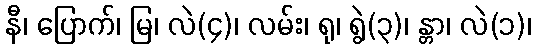
နီ၊ ပြောက်၊ မြ၊ လဲ(၄)၊ လမ်း၊ ရု၊ ရွဲ(၃)၊ န္တာ၊ လဲ(၁)၊